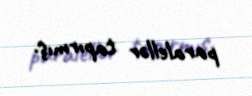
paralellər tapırmış.